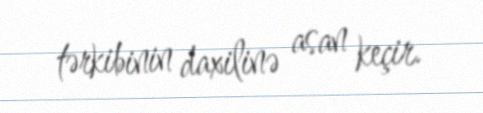
tərkibinin daxilinə asan keçir.